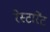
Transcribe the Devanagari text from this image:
रेस्टारेंट